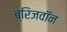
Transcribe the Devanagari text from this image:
ब्रिजवॉन